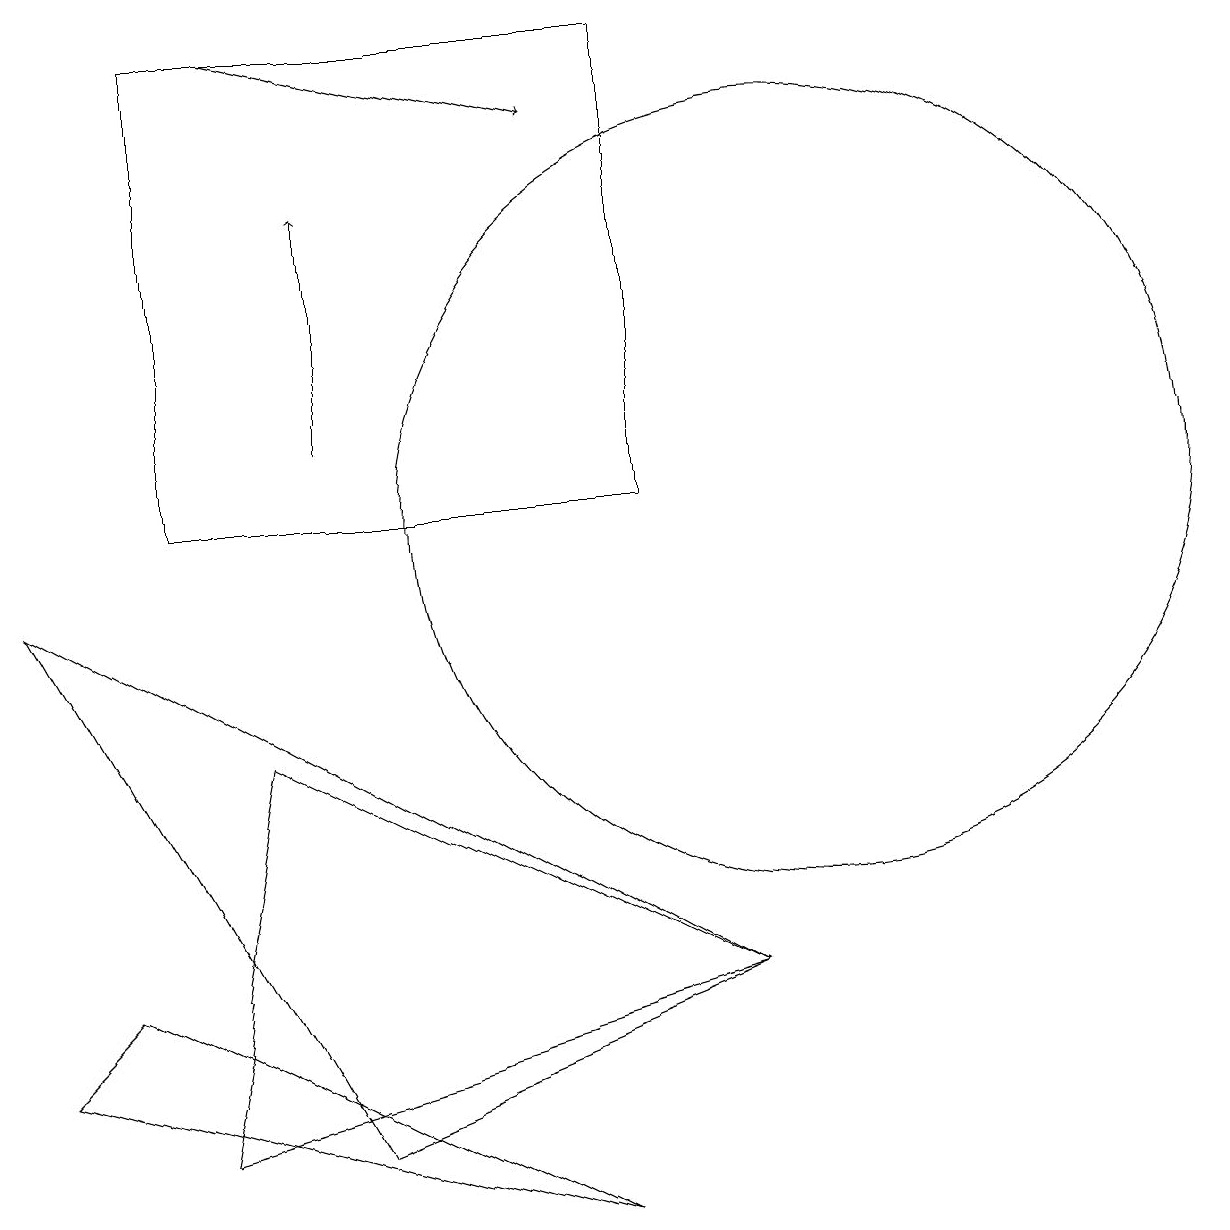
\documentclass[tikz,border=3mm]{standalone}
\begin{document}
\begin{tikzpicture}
\draw (10,10) circle (5);
\draw (3,7) -- (9,4) -- (2,2) -- cycle;
\draw[->] (4,11) -- (4,14);
\draw[->] (3,16) -- (7,15);
\draw (8,16) rectangle (2,10);
\draw (0,3) -- (1,4) -- (7,1) -- cycle;
\draw (9,4) -- (0,9) -- (4,2) -- cycle;
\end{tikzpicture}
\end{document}